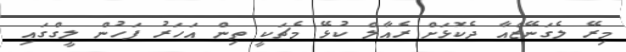
މިރޭ ލެގަނޭޒްއާ ދެކޮޅަށް ރެއާލް ކުޅޭ މެޗަކީ ތިން އަހަރު ފަހުން ލީގްގައި